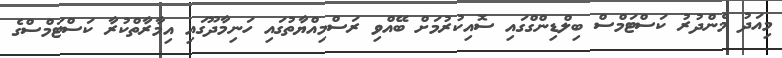
މިއަދު މެންދުރު ކަސްޓަމްސް ބިލްޑިންގްގައި ސޮއިކުރުމަށް ބޭއްވި ރަސްމިއްޔާތުގައި ހަނިމާދޫގައި އިމާރާތްކުރާ ކަސްޓަމްސްގެ